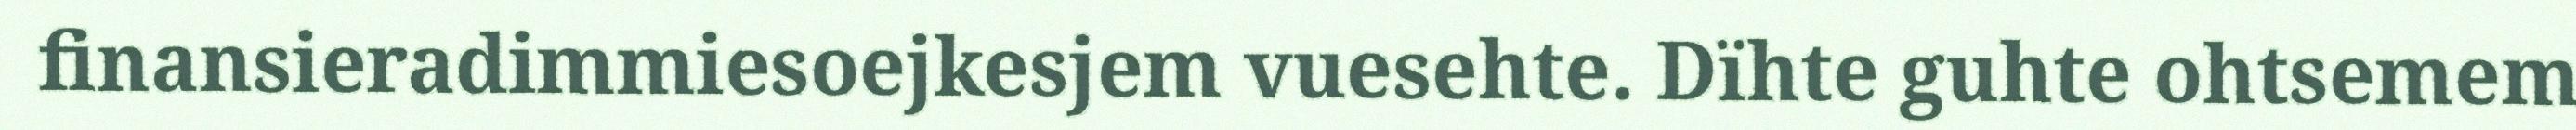
finansieradimmiesoejkesjem vuesehte. Dïhte guhte ohtsemem